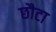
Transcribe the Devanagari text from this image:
छौटा